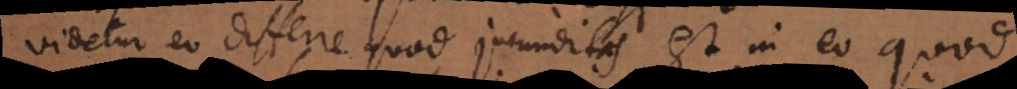
videtur eo differre quod jucunditas est in eo quod